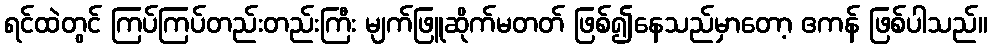
ရင်ထဲတွင် ကြပ်ကြပ်တည်းတည်းကြီး မျက်ဖြူဆိုက်မတတ် ဖြစ်၍နေသည်မှာတော့ ဧကန် ဖြစ်ပါသည်။